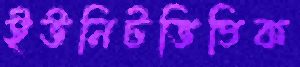
ইউনিটভিত্তিক